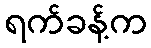
ရက်ခန့်က